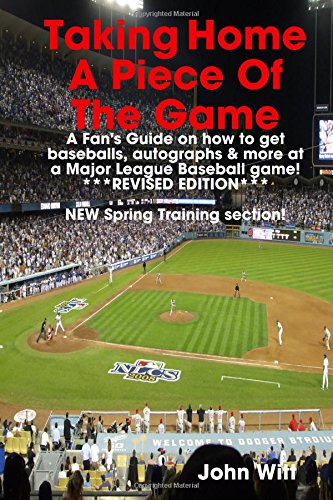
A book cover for Taking Home A Piece Of The Game: A Fan's Guide On How To Get Cool Stuff At A Major League Baseball Game; John Witt; Crafts, Hobbies & Home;